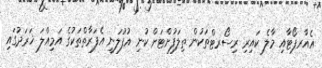
އެއާރޕޯޓާއި މާލެ ކައިރި ރިސޯރޓްތަކުން ތިލަފުށްޓަށް ކުނި އުފުލަނީ އެފަރާތްތަކުގެ އަމިއްލަ ޚަރަދުގައި